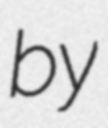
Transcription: by